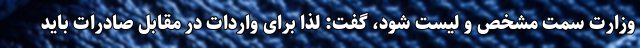
وزارت سمت مشخص و لیست شود، گفت: لذا برای واردات در مقابل صادرات باید